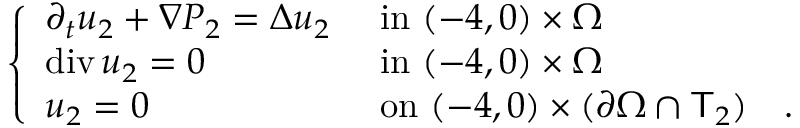
\begin{array} { r } { \left\{ \begin{array} { l l } { \partial _ { t } u _ { 2 } + \nabla P _ { 2 } = \Delta u _ { 2 } } & { \mathrm { ~ i n ~ } ( - 4 , 0 ) \times \Omega } \\ { \operatorname { d i v } u _ { 2 } = 0 } & { \mathrm { ~ i n ~ } ( - 4 , 0 ) \times \Omega } \\ { u _ { 2 } = 0 } & { \mathrm { ~ o n ~ } ( - 4 , 0 ) \times ( \partial \Omega \cap \mathsf T _ { 2 } ) \quad . } \end{array} \right. } \end{array}